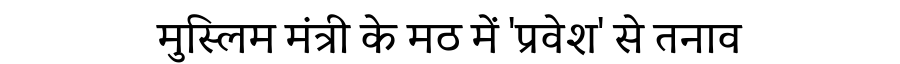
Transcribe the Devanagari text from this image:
मुस्लिम मंत्री के मठ में 'प्रवेश' से तनाव